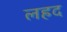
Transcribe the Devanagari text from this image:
लहद